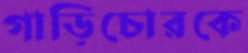
গাড়িচোরকে